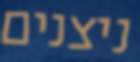
ניצנים